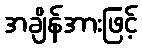
အချိန်အားဖြင့်